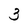
Character: 3